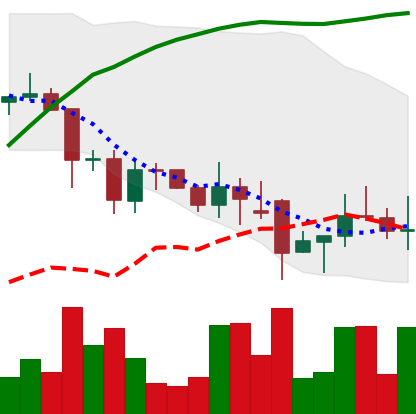
Ticker: DOGE-USD
Chart end date: 2021-12-02
Forward return: -15.697%
Label: down_7plus